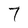
Character: 7